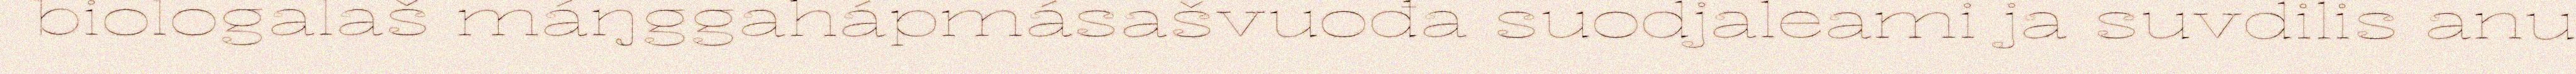
biologalaš máŋggahápmásašvuođa suodjaleami ja suvdilis anu